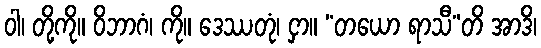
ဝါ၊ တို့ကို။ ဝိဘာဂံ၊ ကို။ ဒေဿတုံ၊ ငှာ။ “တယော ရာသီ”တိ အာဒိ၊